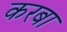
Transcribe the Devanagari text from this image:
करबा